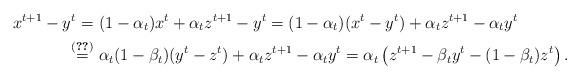
LaTeX: \begin{align*}x^{t+1}-y^t=\ &(1-\alpha_t)x^t+\alpha_tz^{t+1}-y^t = (1-\alpha_t)(x^t-y^t)+\alpha_tz^{t+1}-\alpha_t y^t\\\overset{\eqref{l2-e2}}{=}\ &\alpha_t(1-\beta_t)(y^t-z^t)+\alpha_tz^{t+1}-\alpha_t y^t= \alpha_t\left(z^{t+1}-\beta_t y^t - (1-\beta_t)z^t\right). \end{align*}